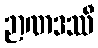
ဉာဏဒဿီ